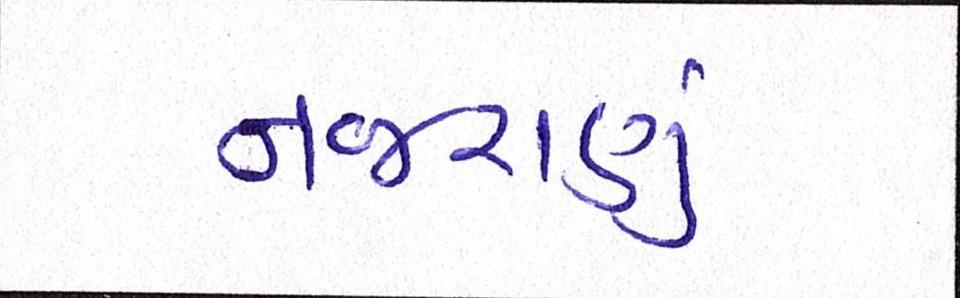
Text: નજરાણું